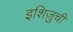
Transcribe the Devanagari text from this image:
इशिज़ुची